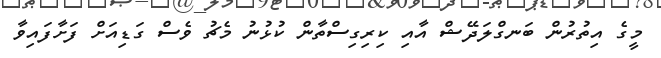
މީގެ އިތުރުން ބަނގްލަދޭޝް އާއި ކިރިގިސްތާން ކުޅުނު މެޗު ވެސް ގަޑިއަށް ފަށާފައިވާ